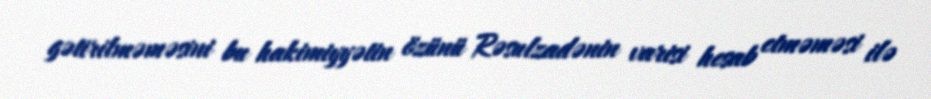
gətirilməməsini bu hakimiyyətin özünü Rəsulzadənin varisi hesab etməməsi ilə